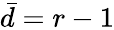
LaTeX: \bar{d}=r-1